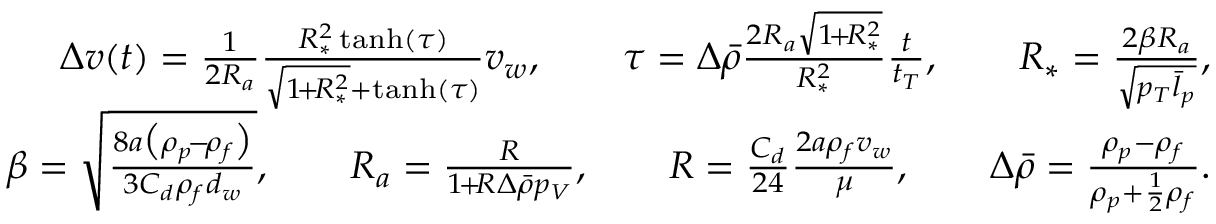
\begin{array} { r l r } & { } & { \Delta { v } ( t ) = \frac { 1 } { 2 R _ { a } } \frac { R _ { * } ^ { 2 } \operatorname { t a n h } ( \tau ) } { \sqrt { 1 \! + \! R _ { * } ^ { 2 } } + \operatorname { t a n h } ( \tau ) } v _ { w } , \qquad \tau = \Delta \bar { \rho } \frac { 2 R _ { a } \sqrt { 1 \! + \! R _ { * } ^ { 2 } } } { R _ { * } ^ { 2 } } \frac { t } { t _ { T } } , \qquad R _ { * } = \frac { 2 \beta R _ { a } } { \sqrt { p _ { T } \bar { l } _ { p } } } , } \\ & { } & { \beta = \sqrt { \frac { 8 a \bigl ( \rho _ { p } \! - \! \rho _ { f } \bigr ) } { 3 C _ { d } \rho _ { f } d _ { w } } } , \qquad R _ { a } = \frac { R } { 1 \! + \! R \Delta \bar { \rho } p _ { V } } , \qquad R = \frac { C _ { d } } { 2 4 } \frac { 2 a \rho _ { f } v _ { w } } { \mu } , \qquad \Delta \bar { \rho } = \frac { \rho _ { p } - \rho _ { f } } { \rho _ { p } + \frac { 1 } { 2 } \rho _ { f } } . } \end{array}